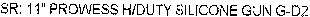
SR: 11" PROWESS H/DUTY SILICONE GUN G-D2